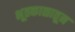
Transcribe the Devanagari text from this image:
भूतकाळातून